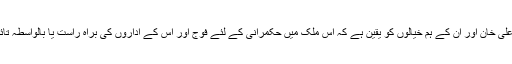
کیوں کہ چوہدری نثار علی خان اور ان کے ہم خیالوں کو یقین ہے کہ اس ملک میں حکمرانی کے لئے فوج اور اس کے اداروں کی براہ راست یا بالواسطہ تائد بے حد ضروری ہے۔